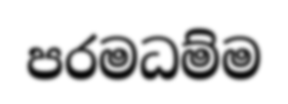
පරමධම්ම